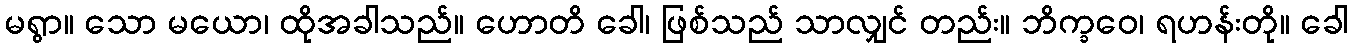
မရွာ။ သော မယော၊ ထိုအခါသည်။ ဟောတိ ခေါ၊ ဖြစ်သည် သာလျှင် တည်း။ ဘိက္ခဝေ၊ ရဟန်းတို။ ခေါ